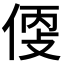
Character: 𠊳